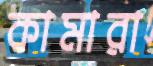
কামারা